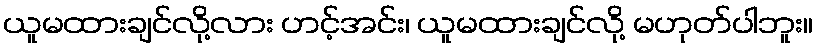
ယူမထားချင်လို့လား ဟင့်အင်း၊ ယူမထားချင်လို့ မဟုတ်ပါဘူး။